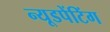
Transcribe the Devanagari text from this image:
न्यूडपेंटिंग